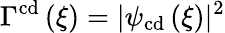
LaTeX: \Gamma^{\mathrm{cd}}\left(\xi\right)=|\psi_{\mathrm{cd}}\left(\xi\right)|^{2}